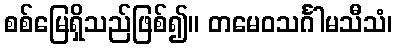
စစ်မြေရှိသည်ဖြစ်၍။ တမေဝသင်္ဂါမသီသံ၊